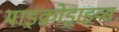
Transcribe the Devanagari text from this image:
माइक्रोड्राइव्स